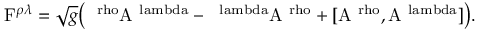
\mathrm { F } ^ { \rho \lambda } = \sqrt { g } \big ( \mathrm { \partial ^ { \ r h o } A ^ { \ l a m b d a } - \partial ^ { \ l a m b d a } A ^ { \ r h o } + [ A ^ { \ r h o } , A ^ { \ l a m b d a } ] \big ) } .